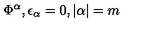
\Phi ^ { \alpha } , \epsilon _ { \alpha } = 0 , | \alpha | = m